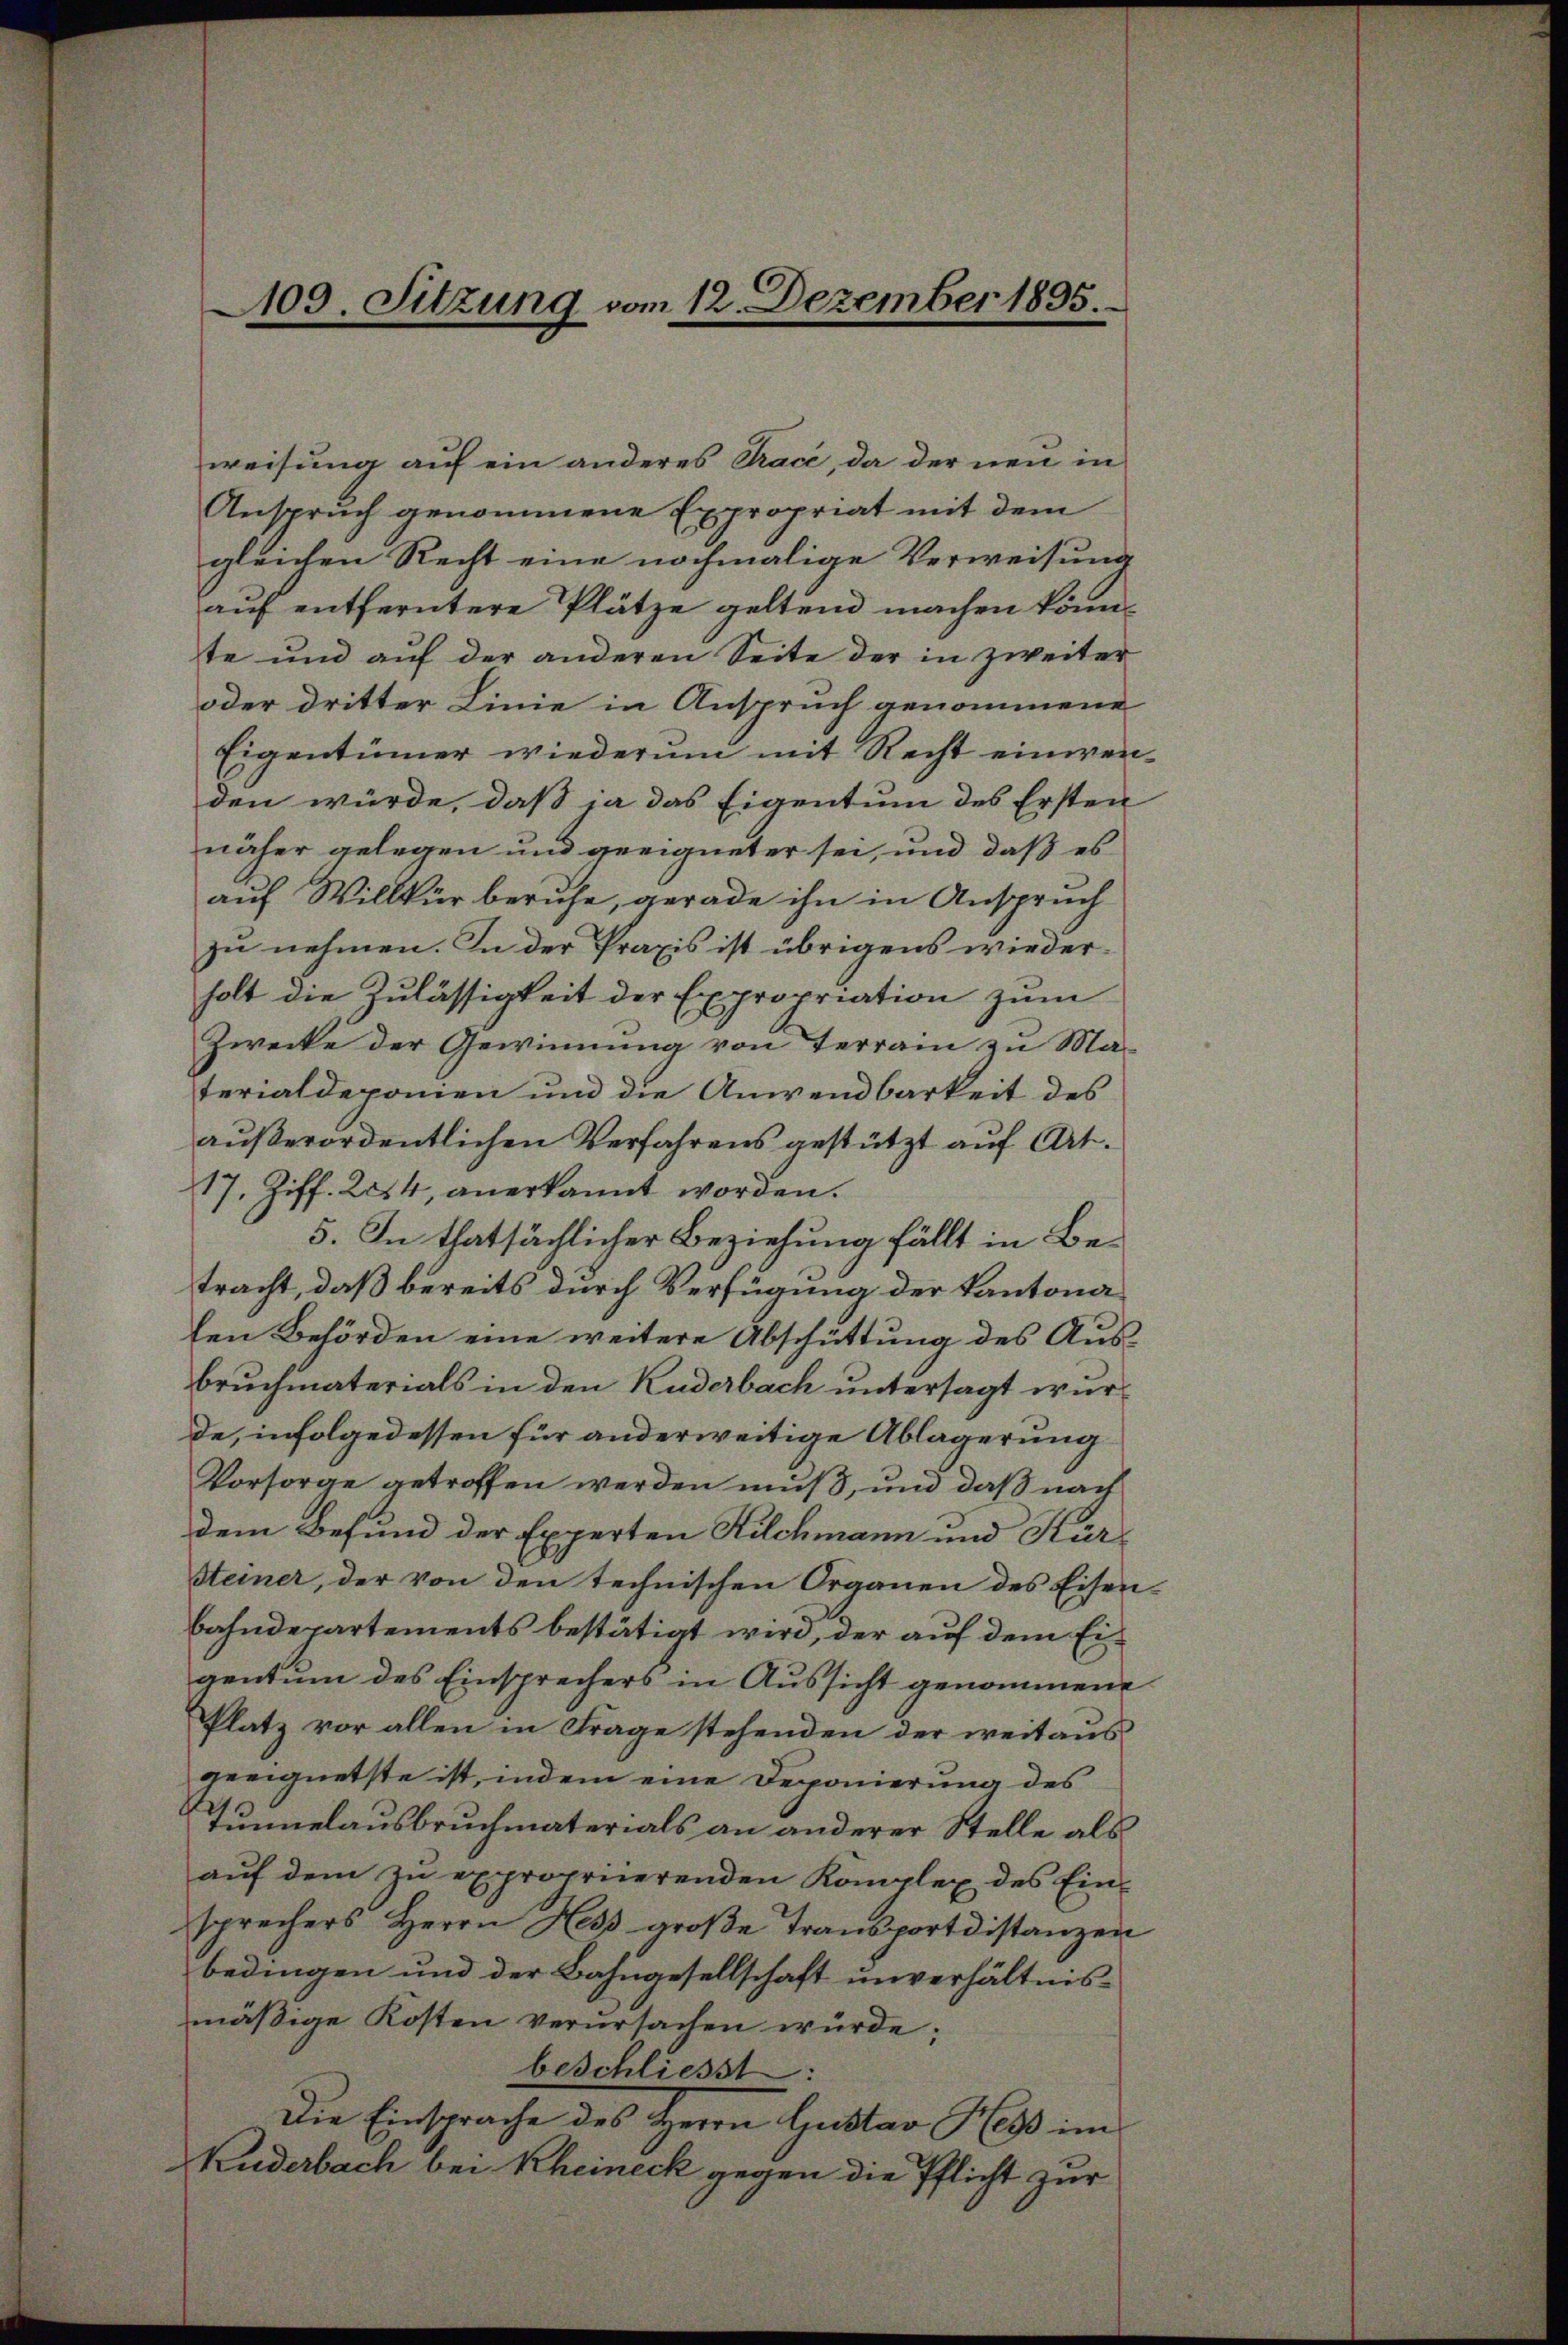
109. Sitzung vom 12. Dezember 1895

weisung auf ein anderes Trace, da der neu in
Anspruch genommene Expropriat mit dem
gleichen Recht eine nochmalige Verweisung
auf entferntere Plätze geltend machen könnte und auf der anderen Seite der in zweiter
oder dritter Linie in Anspruch genommene
Eigentümer wiederum mit Recht einwenden würde, daß ja das Eigentum des Ersten
näher gelegen und geeigneter sei, und daß es
auf Willkür beruhe, gerade ihn in Anspruch
zu nehmen. In der Praxis ist übrigens wiederholt die Zulässigkeit der Expropriation zum
Zwecke der Gewinnung von Terrain zu Ma-
terialdeponien und die Anwendbarkeit des
außerordentlichen Verfahrens gestützt auf Art.
17. Ziff. 2254, anerkannt worden.
5. In thatsächlicher Beziehung fällt in Betracht, daß bereits durch Verfügung der Kantonalen Behörden eine weitere Abschüttung des Ausbruchmaterials in den Kuderbach untersagt wurde, infolgedessen für anderweitige Ablagerung
Vorsorge getroffen werden muß, und daß nach
dem Befund der Experten Kilchmann und Kur¬
Steiner, der von den technischen Organen des Eisen-
bahndepartements bestätigt wird, der auf dem Eigentum des Einsprechers in Aussicht genommene
Platz vor allen in Frage stehenden der weitaus
geeignetste ist, indem eine Deponierung des
Tunnelausbruchmaterials an anderer Stelle als
aŭf dem zŭ expropriierenden Komplex des Ein-
sprechers Herrn Hess groβe Transportdistanzen
bedingen und der Bahngesellschaft unverhältnismäßige Kosten verŭrsachen würde;
beschliesst:
Die Einsprache des Herrn Gustav Hess im
Kuderbach bei Rheineck gegen die Pflicht zur